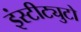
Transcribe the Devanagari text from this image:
इंस्टीट्युटो